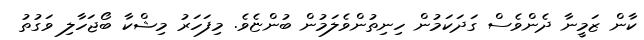
ކާން ޒަމީނާ ދެންވެސް ގަދަކަމުން ހިނިތުންވެލަމުން ބުންޏެވެ. މިފަހަރު މިޝްކާ ބޯޖަހާލި ވަގުތު